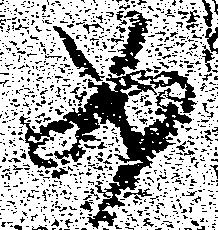
如